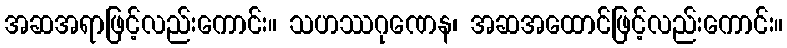
အဆအရာဖြင့်လည်းကောင်း။ သဟဿဂုဏေန၊ အဆအထောင်ဖြင့်လည်းကောင်း။